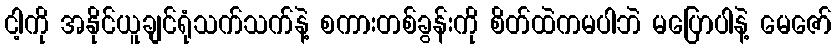
ငါ့ကို အနိုင်ယူချင်ရုံသက်သက်နဲ့ စကားတစ်ခွန်းကို စိတ်ထဲကမပါဘဲ မပြောပါနဲ့ မေဇော်